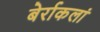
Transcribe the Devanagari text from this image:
बेर्राकलां